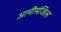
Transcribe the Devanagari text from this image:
आमीमंजिल